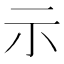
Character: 示